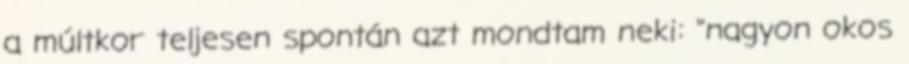
a múltkor teljesen spontán azt mondtam neki: "nagyon okos